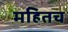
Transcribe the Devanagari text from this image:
महितच